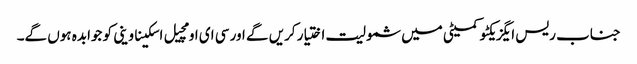
جناب ریس ایگزیکٹو کمیٹی میں شمولیت اختیار کریں گے اور سی ای او مچیل اسکیناوینی کو جوابدہ ہوں گے۔